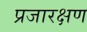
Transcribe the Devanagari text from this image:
प्रजारक्षण